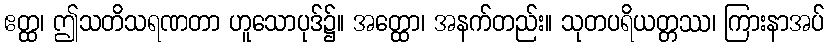
ဧတ္ထ၊ ဤသတိသရဏတာ ဟူသောပုဒ်၌။ အတ္ထော၊ အနက်တည်း။ သုတပရိယတ္တဿ၊ ကြားနာအပ်